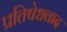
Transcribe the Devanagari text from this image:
प्रतिषेधवाद